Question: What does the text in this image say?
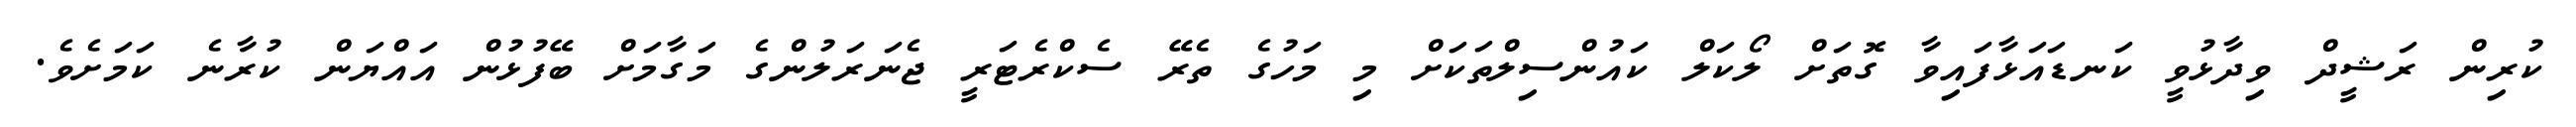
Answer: ކުރިން ރަޝީދް ވިދާޅުވީ ކަނޑައަޅާފައިވާ ގޮތަށް ލޯކަލް ކައުންސިލްތަކަށް މި މަހުގެ ތެރޭ ސެކްރެޓަރީ ޖެނަރަލުންގެ މަގާމަށް ބޭފުޅުން އައްޔަން ކުރާނެ ކަމަށެވެ.